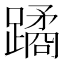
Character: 蹫